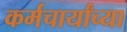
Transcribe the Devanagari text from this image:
कर्मचार्यांच्या